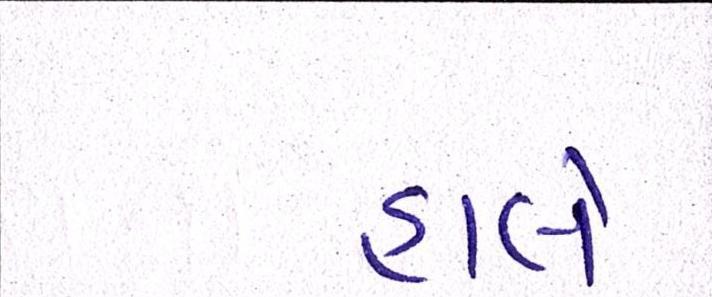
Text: હાલે